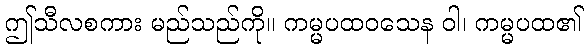
ဤသီလစကား မည်သည်ကို။ ကမ္မပထဝသေန ဝါ၊ ကမ္မပထ၏